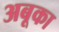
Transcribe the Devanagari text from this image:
अबूका